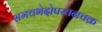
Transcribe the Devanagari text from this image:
समचभेदोपरचनचक्र